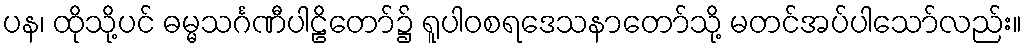
ပန၊ ထိုသို့ပင် ဓမ္မသင်္ဂဏီပါဠိတော်၌ ရူပါဝစရဒေသနာတော်သို့ မတင်အပ်ပါသော်လည်း။